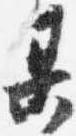
某